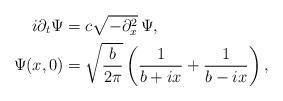
LaTeX: \begin{align*}i\partial_{t}\Psi &= c\sqrt{-\partial_{x}^{2}}\, \Psi, \\\Psi(x, 0) &= \sqrt{\frac{b}{2\pi}} \left(\frac{1}{b + ix} + \frac{1}{b - ix}\right), \end{align*}